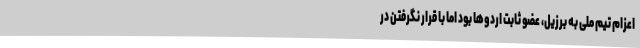
اعزام تیم ملی به برزیل، عضو ثابت اردوها بود اما با قرار نگرفتن در